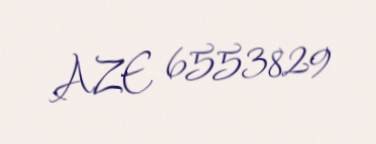
AZE 6553829